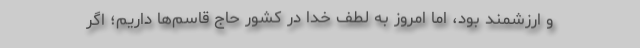
و ارزشمند بود، اما امروز به لطف خدا در کشور حاج قاسم‌ها داریم؛ اگر